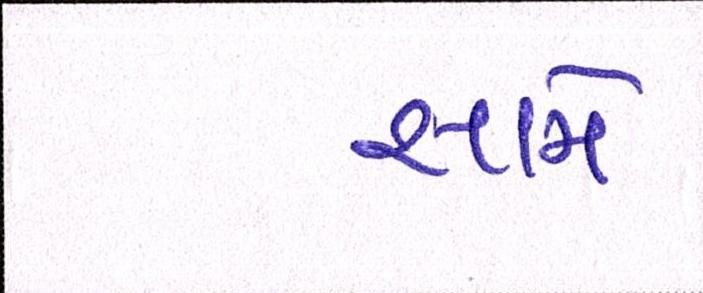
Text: સામે